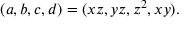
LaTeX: ( a , b , c , d ) = ( x z , y z , z ^ { 2 } , x y ) .